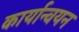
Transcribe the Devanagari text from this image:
कार्यान्‍वयन